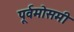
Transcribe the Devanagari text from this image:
पूर्वमोसमी